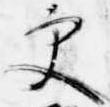
更